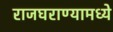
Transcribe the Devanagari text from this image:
राजघराण्यामध्ये